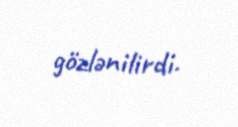
gözlənilirdi.